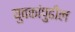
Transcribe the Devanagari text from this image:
युवकांपुढील